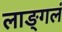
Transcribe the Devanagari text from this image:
लाङ्गलं